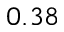
0 . 3 8